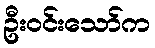
ဦးဝင်းသော်က